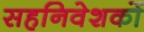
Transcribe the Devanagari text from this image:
सहनिवेशकों